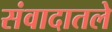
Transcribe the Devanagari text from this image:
संवादातले